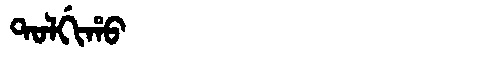
Manchu: ᡨᠣᠯᡤᡳᡥᠣ
Romanization: TOLGIHO